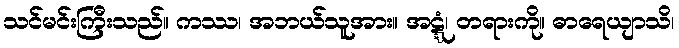
သင်မင်းကြီးသည်။ ကဿ၊ အဘယ်သူအား။ အဋ္ဋံ၊ တရားကို။ ဓာရေယျာသိ၊